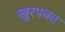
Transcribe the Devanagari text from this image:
खुरपका